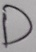
Text: D